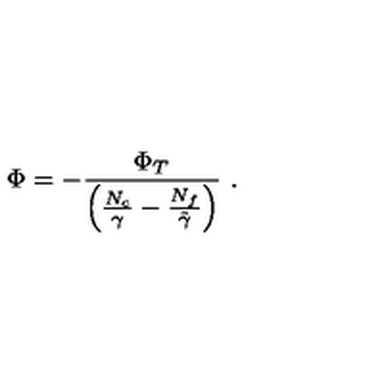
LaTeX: \Phi = - \frac { \Phi _ { T } } { \left( \frac { N _ { c } } { \gamma } - \frac { N _ { f } } { \tilde { \gamma } } \right) } \ .